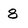
Character: 8